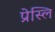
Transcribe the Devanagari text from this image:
प्रेस्लि